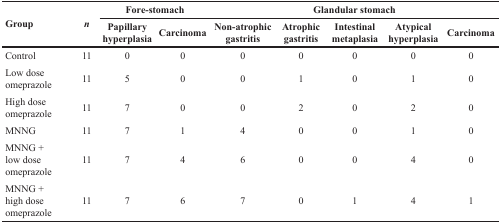
| <ROWSPAN=2> Group | <ROWSPAN=2> n | <COLSPAN=2> Fore-stomach | <COLSPAN=5> Glandular stomach |
 | Papillary hyperplasia | Carcinoma | Non-atrophic gastritis | Atrophic gastritis | Intestinal metaplasia | Atypical hyperplasia | Carcinoma |
 | --- | --- | --- | --- | --- | --- | --- | --- | --- |
 | Control | 11 | 0 | 0 | 0 | 0 | 0 | 0 | 0 |
 | Low dose omeprazole | 11 | 5 | 0 | 0 | 1 | 0 | 1 | 0 |
 | High dose omeprazole | 11 | 7 | 0 | 0 | 2 | 0 | 2 | 0 |
 | MNNG | 11 | 7 | 1 | 4 | 0 | 0 | 1 | 0 |
 | MNNG + low dose omeprazole | 11 | 7 | 4 | 6 | 0 | 0 | 4 | 0 |
 | MNNG + high dose omeprazole | 11 | 7 | 6 | 7 | 0 | 1 | 4 | 1 |